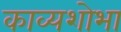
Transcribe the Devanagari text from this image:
काव्यशोभा